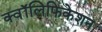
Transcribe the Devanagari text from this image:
क्वॉलिफिकेशन